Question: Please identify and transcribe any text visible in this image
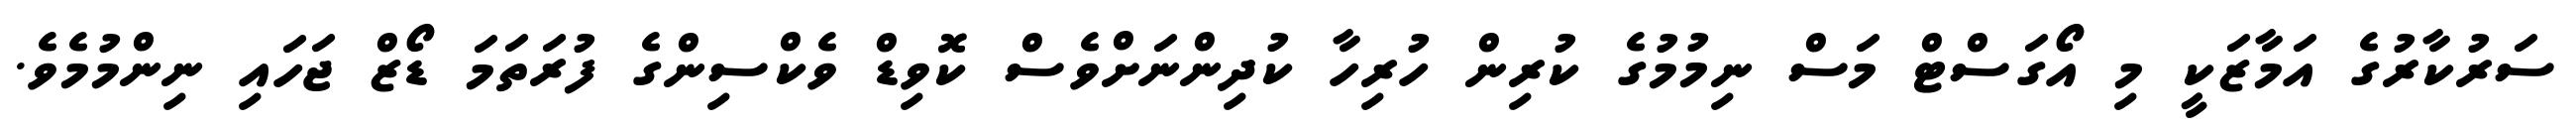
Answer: ސަރުކާރުގެ އަމާޒަކީ މި އޯގަސްޓް މަސް ނިމުމުގެ ކުރިން ހުރިހާ ކުދިންނަށްވެސް ކޮވިޑް ވެކްސިންގެ ފުރަތަމަ ޑޯޒް ޖަހައި ނިންމުމެވެ.